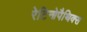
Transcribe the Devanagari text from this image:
रेटिनोपैथिक्स